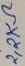
Text: 2,2KΩ